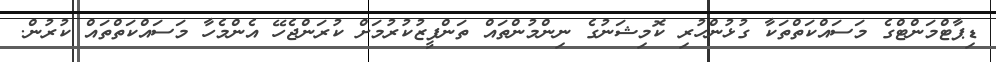
ޑިޕާޓްމަންޓްގެ މަސައްކަތްތަކާ ގުޅުންހުރި ކޮމިޝަނުގެ ނިންމުންތައް ތަންފީޒުކުރުމަށް ކުރަންޖެހޭ އެންމެހާ މަސައްކަތްތައް ކުރުން.